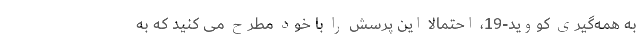
به همه‌گیری کووید-19، احتمالا این پرسش را با خود مطرح می کنید که به